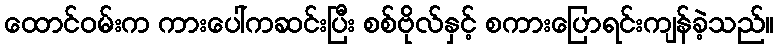
ထောင်ဝမ်းက ကားပေါ်ကဆင်းပြီး စစ်ဗိုလ်နှင့် စကားပြောရင်းကျန်ခဲ့သည်။